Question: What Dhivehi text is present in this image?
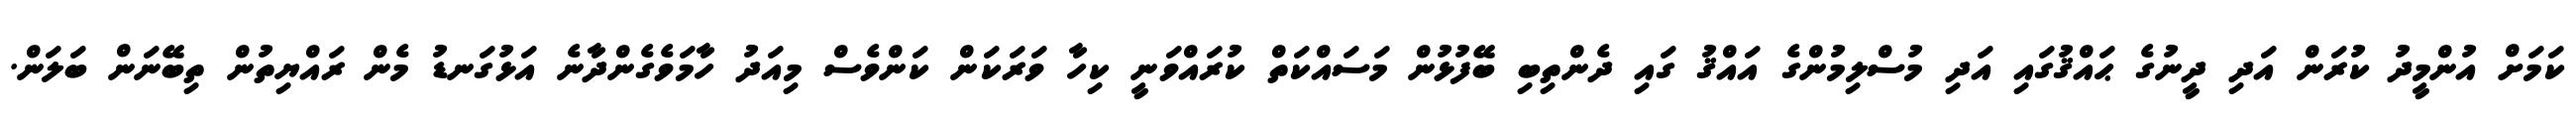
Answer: ކަމަށް އުންމީދު ކުރަން އަދި ދީނުގެ ޙައްޤުގައި އަދި މުސްލިމުންގެ އައްޤު ގައި ދެންތިބި ބޭފުޅުން މަސައްކަތް ކުރައްވަނީ ކިހާ ވަރަކަން ކަންވެސް މިއަދު ހާމަވެގެންދާނެ އަޅުގަނޑު މެން ރައްޔިތުން ތިބޭނަން ބަލަން.